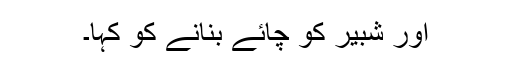
اور شبیر کو چائے بنانے کو کہا۔